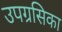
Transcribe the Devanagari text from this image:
उपग्रसिका